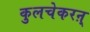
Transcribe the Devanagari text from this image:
कुलचेकरऩ्